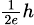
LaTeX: \scriptstyle{\frac{1}{2e}}h